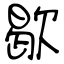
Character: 歇